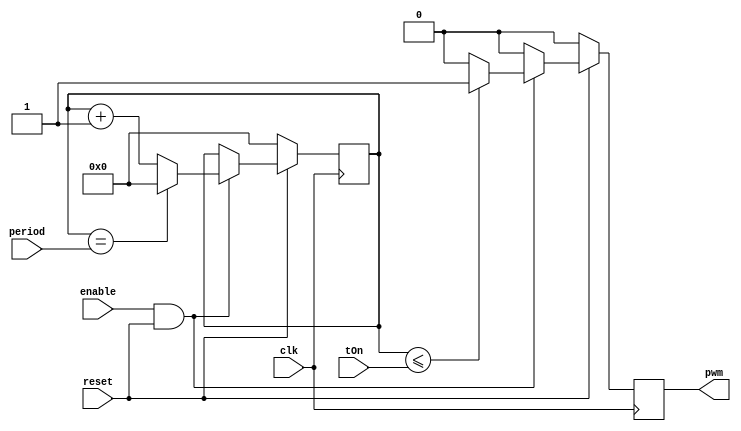
module PWMCore(
    input clk,
    input [15:0] period,
    input [7:0] tOn,
    input enable,
    input reset,
    output pwm
    );
reg [15:0] pwmcounter = 0;
wire rst = ~reset;
reg saida = 0;
always @(posedge clk)
begin
        if(enable & ~rst ) 
        begin
                if(pwmcounter <= tOn)
                    saida <= 1;
                else
                    saida <= 0;
                if(pwmcounter == period)
                    pwmcounter <= 0;
                else
                    pwmcounter <= pwmcounter +1;
        end
        else
            saida <= 0;
        if(rst)
        begin
            pwmcounter <= 0;
            saida <= 0;
        end
end
assign pwm = saida;
endmodule